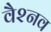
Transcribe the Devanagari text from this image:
वैश्नव